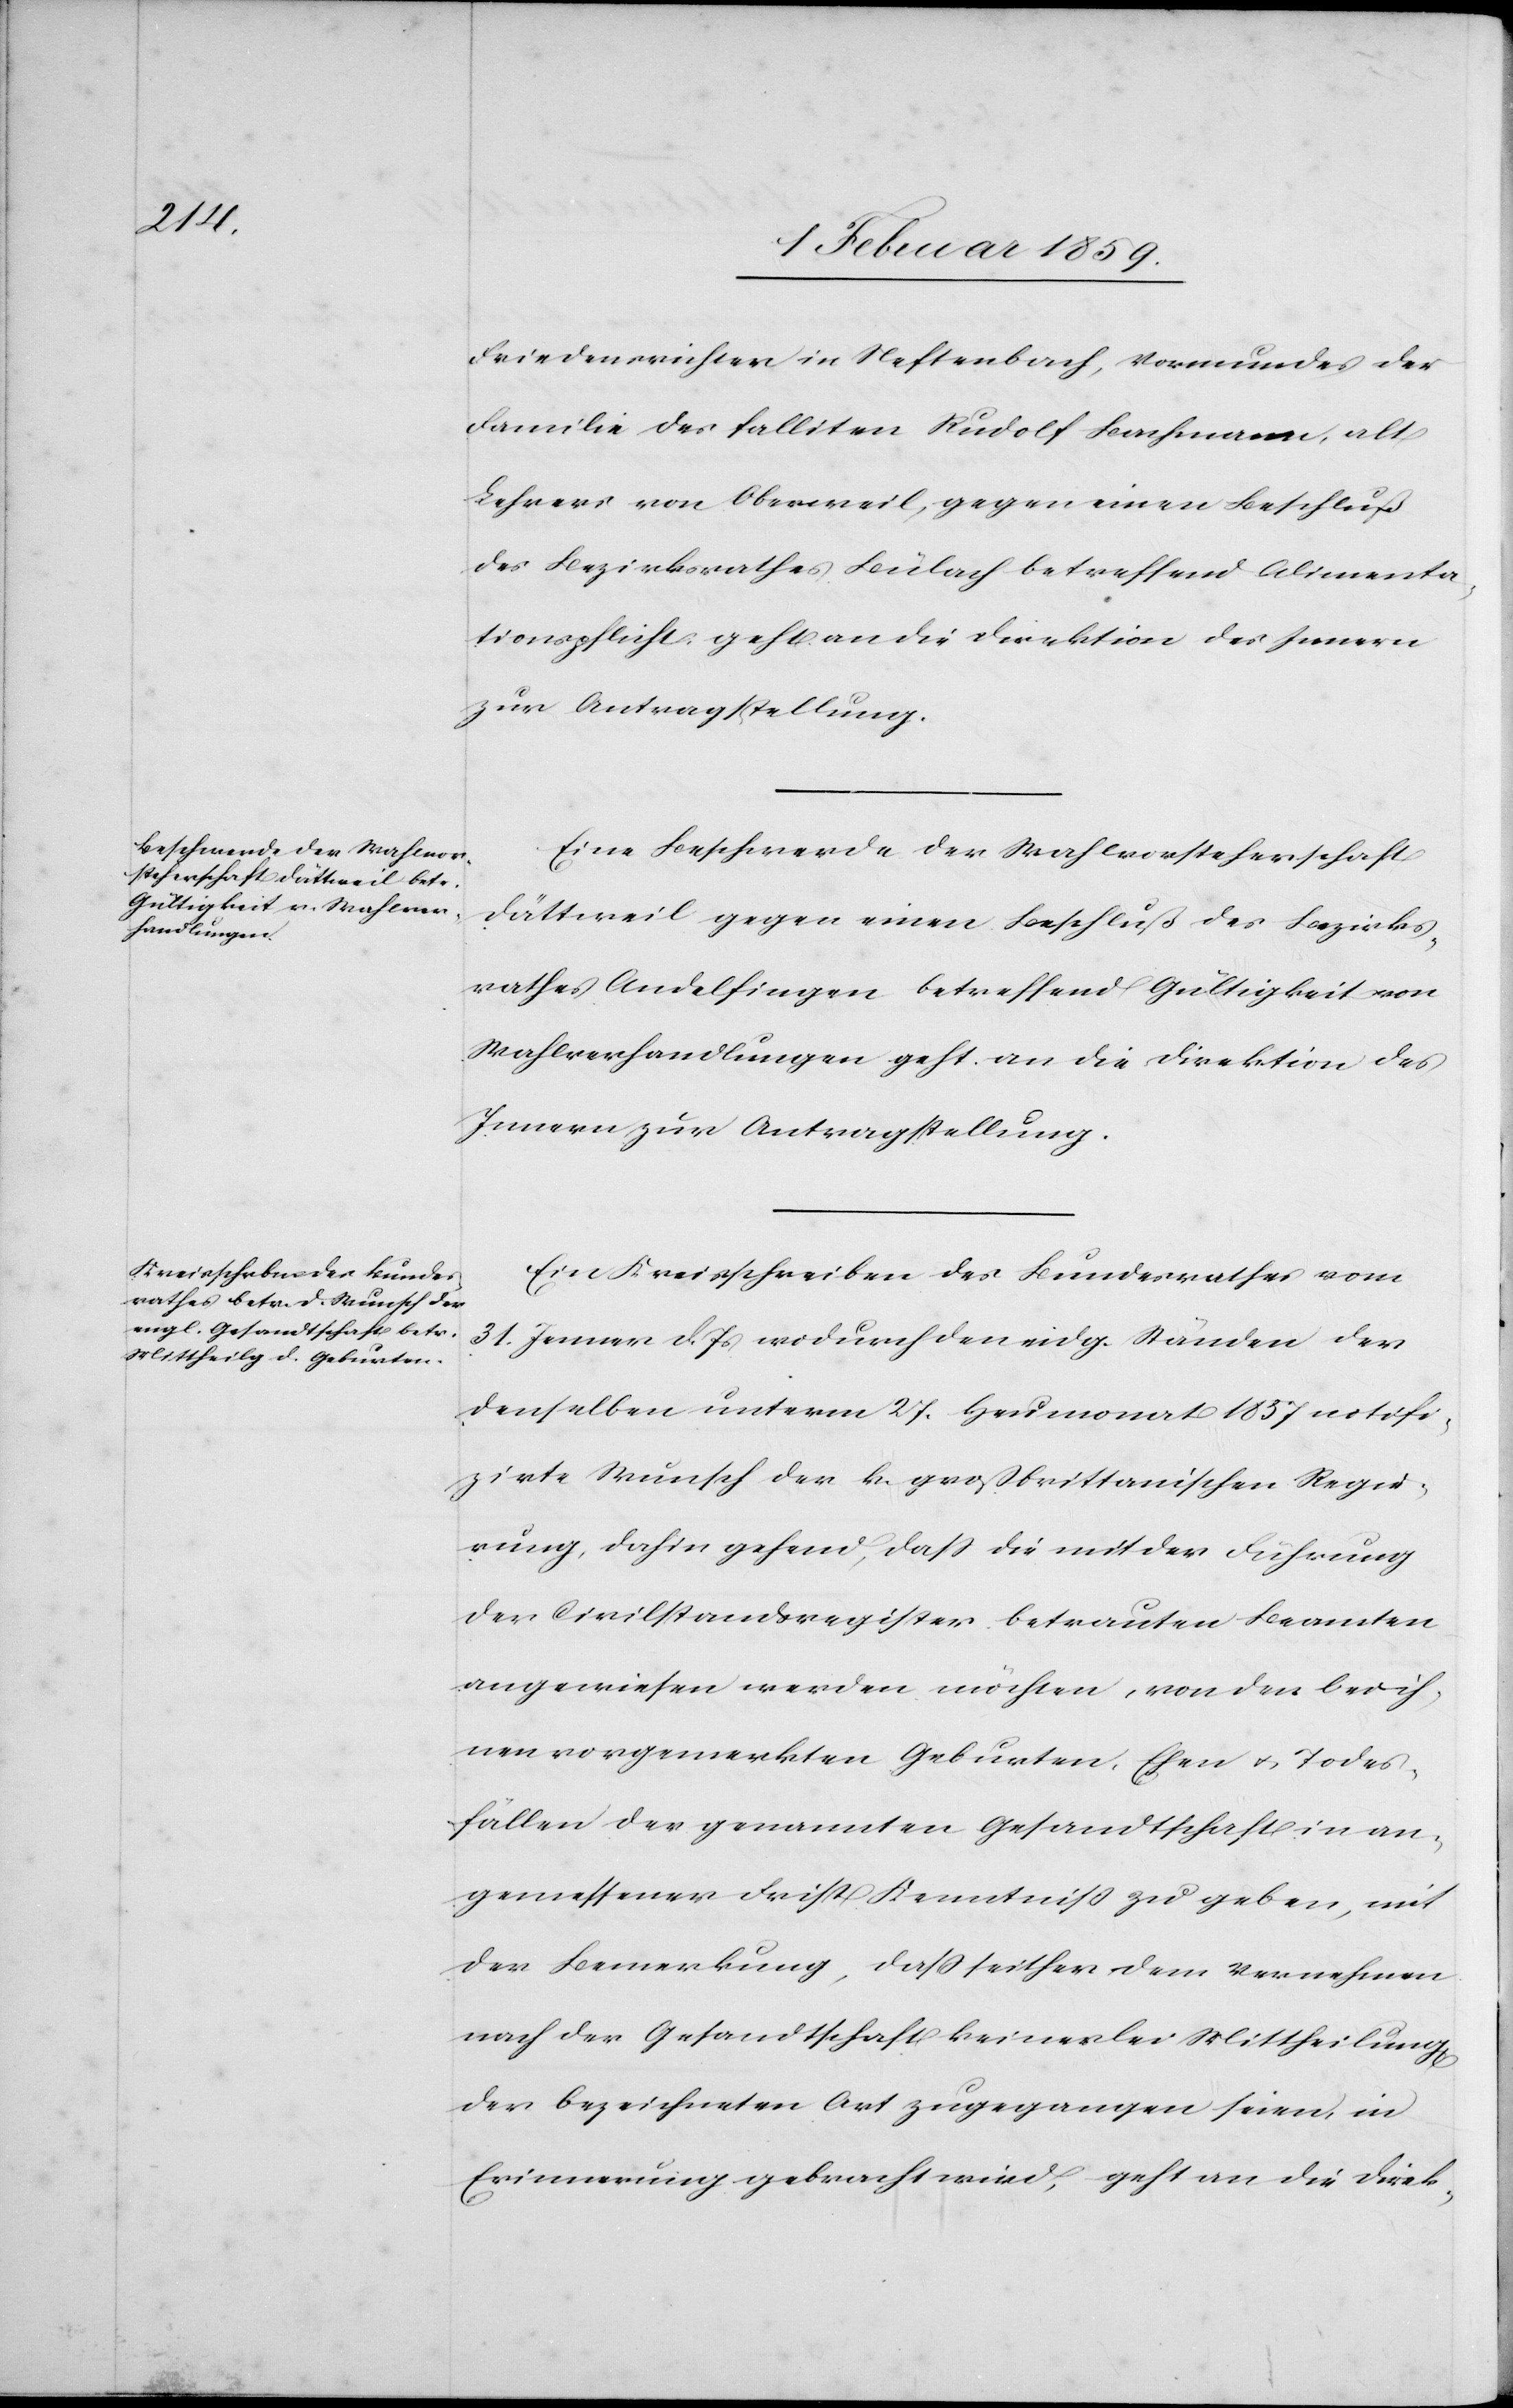
3. Februar 1859.]
Friedensrichter in Neftenbach, Vormundes der
Familie des falliten Rudolf Bachmann, alt
Lehrers von Oberweil, gegen einen Beschluß
des Bezirksrathes Bülach betreffend Alimenta¬
tionspflicht, geht an die Direktion des Innern
zur Antragstellung.
Eine Beschwerde der Wahlvorsteherschaft
Dättweil gegen einen Beschluß des Bezirks¬
rathes Andelfingen betreffend Gültigkeit von
Wahlverhandlungen geht an die Direktion des
Innern zur Antragstellung.
Ein Kreisschreiben des Bundesrathes vom
31. Januar d. Js. wodurch den eidg. Ständen der
denselben unterm 27. Heumonat 1857 notifi¬
zirte Wunsch der k. großbrittanischen Regie¬
rung, dahin gehend, daß die mit der Führung
der Civilstandsregister betrauten Beamten
angewiesen werden möchten, von den bei ih¬
nen vorgemerkten Geburten, Ehen u. Todes¬
fällen der genannten Gesandtschaft in an¬
gemessener Frist Kenntniß zu geben, mit
der Bemerkung, daß seither dem Vernehmen
nach der Gesandtschaft keinerlei Mittheilung
der bezeichneten Art zugegangen seien, in
Erinnerung gebracht wird, geht an die Direk-